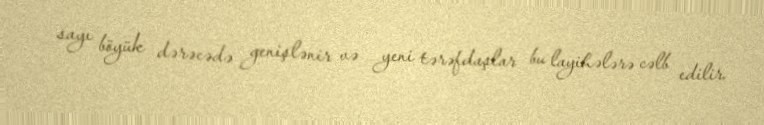
sayı böyük dərəcədə genişlənir və yeni tərəfdaşlar bu layihələrə cəlb edilir.